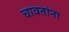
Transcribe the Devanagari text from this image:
चावतांना